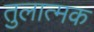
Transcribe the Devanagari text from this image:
तुलात्मक